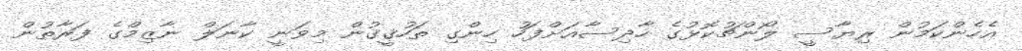
އެހެންކަމުން ރިޔާސީ ލޯންޗުކޮޅުގެ ހާދިސާއަށްފަހު ހިންގި ތަހުޤީޤުން މިވަނީ ކާނަލް ނާޒިމްގެ ފަރާތުން